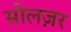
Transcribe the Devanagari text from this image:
सोलज़र